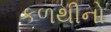
કળથીનો